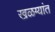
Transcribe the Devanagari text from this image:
खळग्यांत